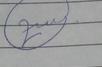
Signature authenticity: genuine